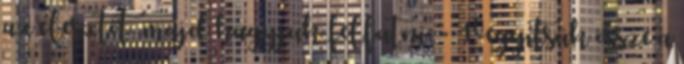
az élesztőt, majd hagyjuk felfutni. - Vegyítsük össze a